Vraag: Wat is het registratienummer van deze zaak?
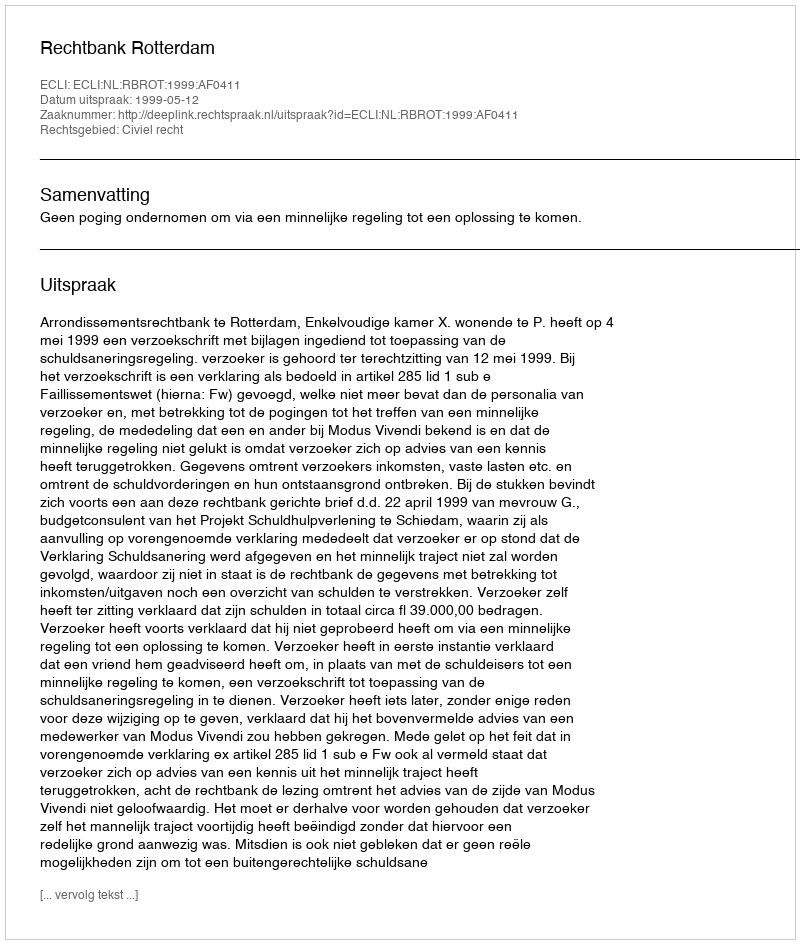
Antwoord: http://deeplink.rechtspraak.nl/uitspraak?id=ECLI:NL:RBROT:1999:AF0411